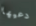
دعيها